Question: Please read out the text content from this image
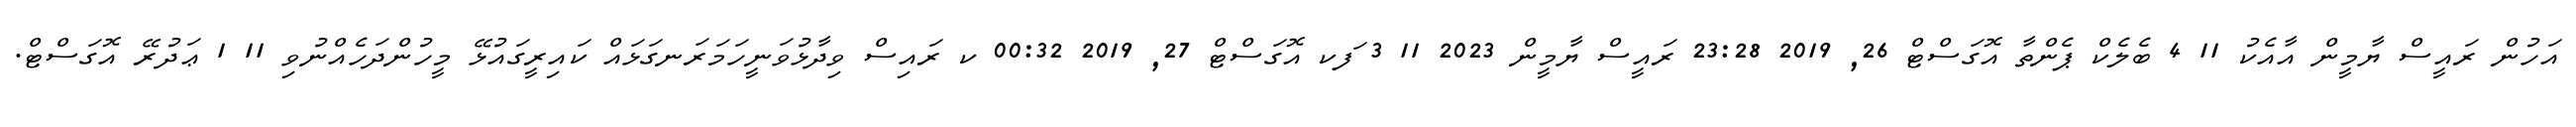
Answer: އަހުން ރައީސް ޔާމީން އާއެކު 11 4 ބެލެކް ޕެންތާ އޮގަސްޓް 26, 2019 23:28 ރައީސް ޔާމީން 2023 11 3 ަފކ އޮގަސްޓް 27, 2019 00:32 ކ ރައިސް ވިދާޅުވަނީހަމަރަނގަޅައް ކައިރީގައުޅޭ މީހުންދަހެއްނުވި 11 1 ޢަދުރޭ އޮގަސްޓް.